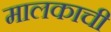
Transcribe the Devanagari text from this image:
मालकाची